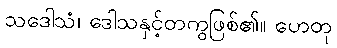
သဒေါသံ၊ ဒေါသနှင့်တကွဖြစ်၏။ ဟေတု